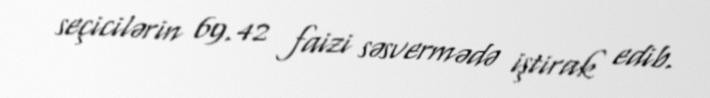
seçicilərin 69.42 faizi səsvermədə iştirak edib.